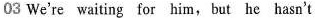
03 We're waiting for him,but he hasn't